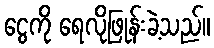
ငွေကို ရေလိုဖြုန်းခဲ့သည်။